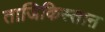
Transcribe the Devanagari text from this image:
ताजिकिस्ताऩ